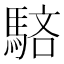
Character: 𩣖